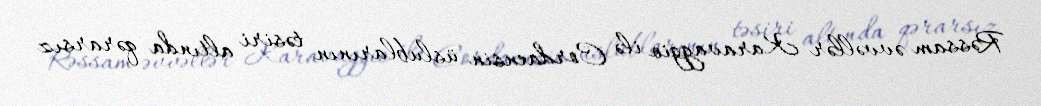
Rəssam əvvəllər Karavaggio ilə Cordaensin üslublarının təsiri altında qərarsız